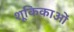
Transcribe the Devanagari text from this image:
शूकिकाओं